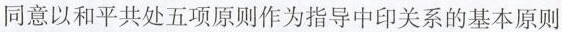
同意以和平共处五项原则作为指导中印关系的基本原则